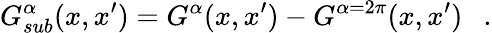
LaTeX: G_{sub}^{\alpha}(x,x^{\prime})=G^{\alpha}(x,x^{\prime})-G^{\alpha=2\pi}(x,x^{\prime})~~~.